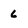
Character: 6